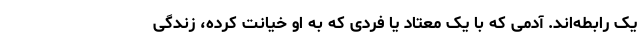
یک رابطه‌اند. آدمی که با یک معتاد یا فردی که به او خیانت کرده، زندگی